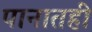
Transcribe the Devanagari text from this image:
पानातही